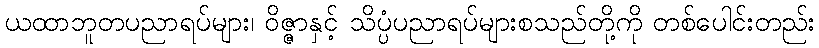
ယထာဘူတပညာရပ်များ၊ ဝိဇ္ဇာနှင့် သိပ္ပံပညာရပ်များစသည်တို့ကို တစ်ပေါင်းတည်း